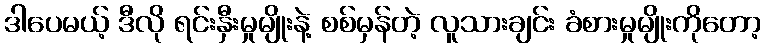
ဒါပေမယ့် ဒီလို ရင်းနှီးမှုမျိုးနဲ့ စစ်မှန်တဲ့ လူသားချင်း ခံစားမှုမျိုးကိုတော့